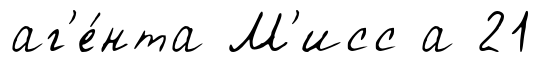
аг'е́нта М'исс а 21